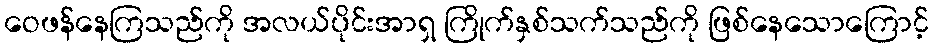
ဝေဖန်နေကြသည်ကို အလယ်ပိုင်းအာရှ ကြိုက်နှစ်သက်သည်ကို ဖြစ်နေသောကြောင့်